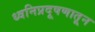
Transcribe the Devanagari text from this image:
ध्वनिप्रदूषणातून